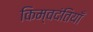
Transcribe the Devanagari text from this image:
किम्वदंतियाँ